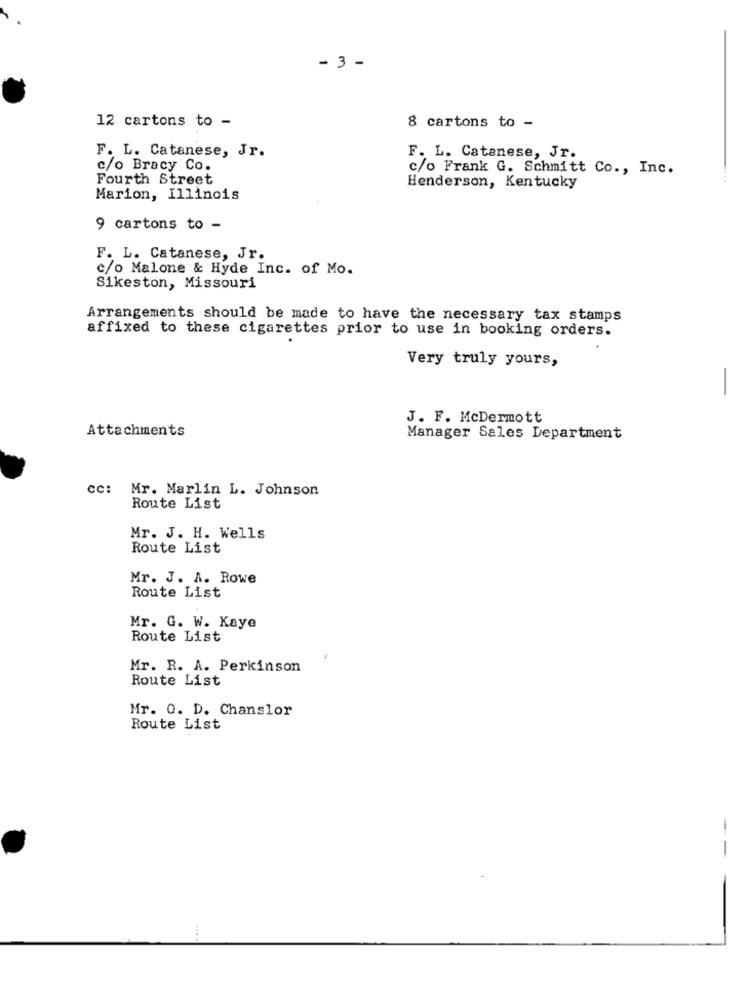
- 3 -
12 cartons to -
8 cartons to -
F. L. Catanese, Jr.
F. L. Catanese, Jr.
c/o Bracy Co.
c/o Frank G. Schmitt Co ., Inc.
Fourth Street
Henderson, Kentucky
Marion, Illinois
9 cartons to -
F. L. Catanese, Jr.
c/o Malone & Hyde Inc. of Mo.
Sikeston, Missouri
Arrangements should be made to have the necessary tax stamps
affixed to these cigarettes prior to use in booking orders.
Very truly yours,
-
J. F. McDermott
Attachments
Manager Sales Department
cc: Mr. Marlin L. Johnson
Route List
Mr. J. H. Wells
Route List
Mr. J. A. Rowe
Route List
Mr. G. W. Kaye
Route List
Mr. R. A. Perkinson
Route List
Mr. 0. D. Chanslor
Route List
-
....